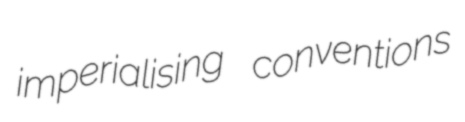
imperialising conventions